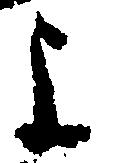
よ